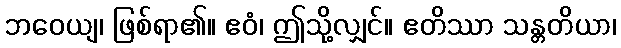
ဘဝေယျ၊ ဖြစ်ရာ၏။ ဧဝံ၊ ဤသို့လျှင်။ ဧတိဿာ သန္တတိယာ၊